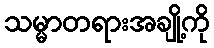
သမ္မာတရားအချို့ကို